Vaccination returns of the Province of Eastern Bengal and Assam - 1905-1912
Year: 1905
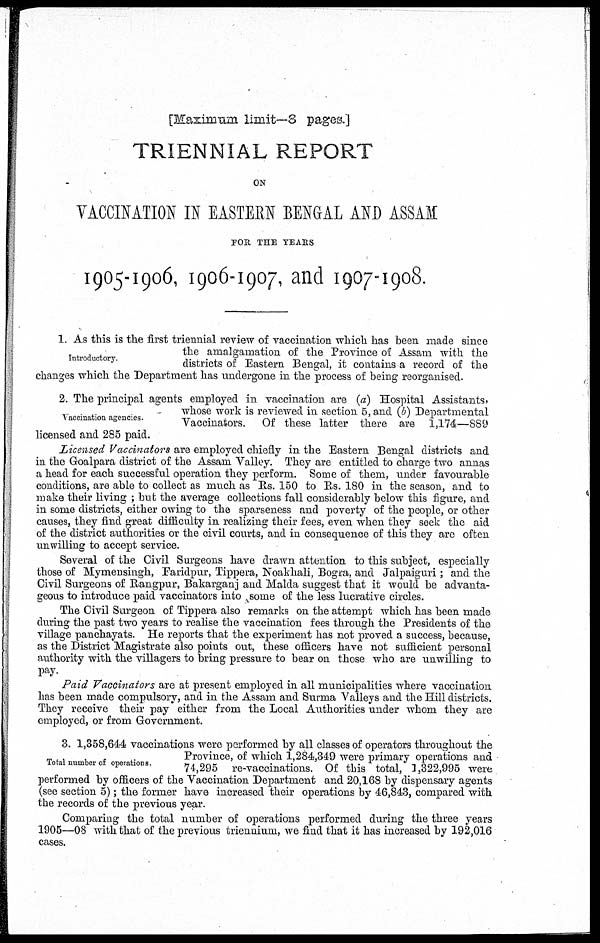
[Maximum limit—8 pages.]
TRIENNIAL REPORT
ON
VACCINATION IN EASTERN BENGAL AND ASSAM
FOR THE YEARS
1905-1906, 1906-1907, and 1907-1908.
Introductory.
1. As this is the first triennial review of vaccination which has been made since
the amalgamation of the Province of Assam with the
districts of Eastern Bengal, it contains a record of the
changes which the Department has undergone in the process of being reorganised.
Vaccination agencies.
2. The principal agents employed in vaccination are (a) Hospital Assistants,
whose work is reviewed in section 5, and (b) Departmental
Vaccinators. Of these latter there are 1,174—889
licensed and 285 paid.
Licensed Vaccinators are employed chiefly in the Eastern Bengal districts and
in the Goalpara district of the Assam Valley. They are entitled to charge two annas
a head for each successful operation they perform. Some of them, under favourable
conditions, are able to collect as much as Rs. 150 to Rs. 180 in the season, and to
make their living ; but the average collections fall considerably below this figure, and
in some districts, either owing to the sparseness and poverty of the people, or other
causes, they find great difficulty in realizing their fees, even when they seek the aid
of the district authorities or the civil courts, and in consequence of this they are often
unwilling to accept service.
Several of the Civil Surgeons have drawn attention to this subject, especially
those of Mymensingh, Faridpur, Tippera, Noakhali, Bogra. and Jalpaiguri ; and the
Civil Surgeons of Rangpur, Bakarganj and Malda suggest that it would be advanta-
geous to introduce paid vaccinators into some of the less lucrative circles.
The Civil Surgeon of Tippera also remarks on the attempt which has been made
during the past two years to realise the vaccination fees through the Presidents of the
village panchayats. He reports that the experiment has not proved a success, because,
as the District Magistrate also points out, these officers have not sufficient personal
authority with the villagers to bring pressure to bear on those who are unwilling to
pay.
Paid Vaccinators are at present employed in all municipalities where vaccination
has been made compulsory, and in the Assam and Surma Valleys and the Hill districts.
They receive their pay either from the Local Authorities under whom they are
employed, or from Government.
Total number of operations.
3. 1,358,644 vaccinations were performed by all classes of operators throughout the
Province, of which 1,284,349 were primary operations and
74,295 re-vaccinations. Of this total, 1,322,995 were
performed by officers of the Vaccination Department and 20,168 by dispensary agents
(see section 5); the former have increased their operations by 46,843, compared with
the records of the previous year.
Comparing the total number of operations performed during the three years
1905—08 with that of the previous triennium, we find that it has increased by 192,016
cases.